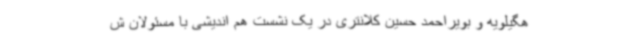
هگیلویه و بویراحمد حسین کلانتری در یک نشست هم اندیشی با مسئولان ش